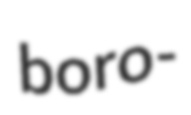
boro-